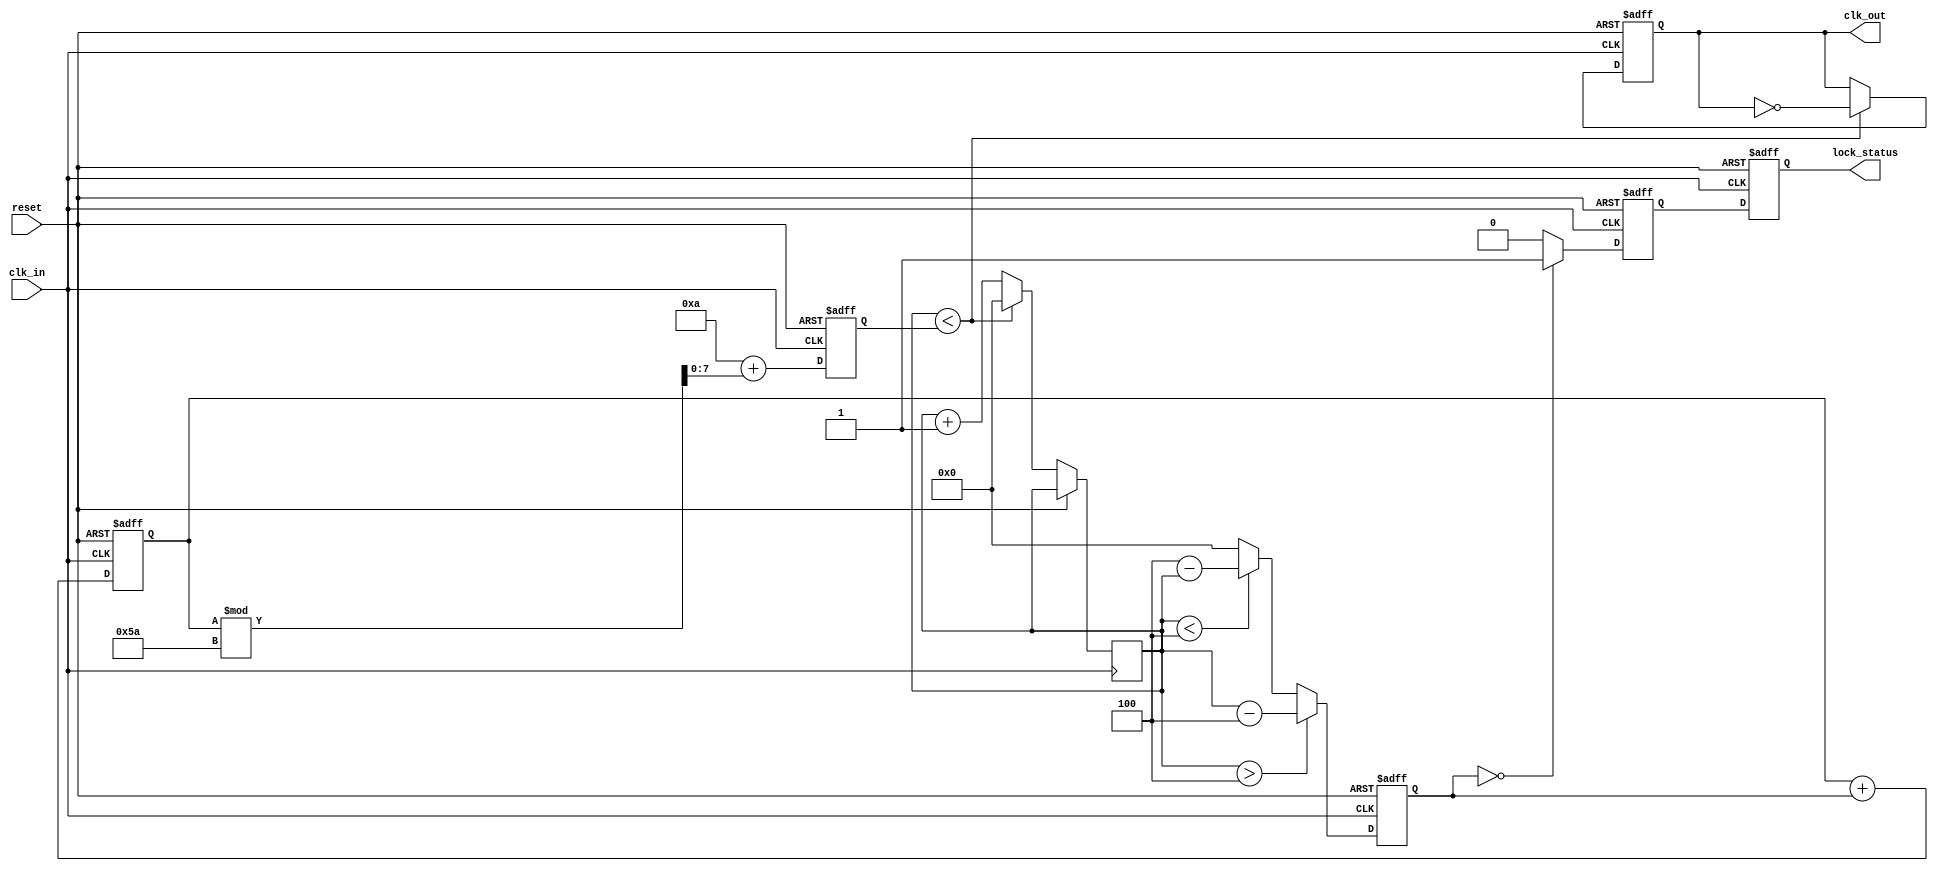
module clock_recovery_pll (
    input wire clk_in,          // Incoming data signal
    input wire reset,           // Reset signal
    output reg clk_out,         // Synchronized output clock
    output reg lock_status       // Lock status signal
);

// Parameters
parameter PHASE_ERROR_MAX = 4; // Max phase error for lock
parameter VCO_MAX_FREQ = 100;   // Max frequency of VCO
parameter VCO_MIN_FREQ = 10;    // Min frequency of VCO

// Internal signals
reg [3:0] phase_error;          // Phase error signal
reg [7:0] loop_filter_output;   // Output of loop filter
reg [7:0] vco_freq;             // VCO frequency control
reg [3:0] phase_count;          // Phase count for VCO
reg [7:0] memory_block;          // Memory block for phase info
reg phase_locked;                // Phase lock status

// Phase Detector
always @(posedge clk_in or posedge reset) begin
    if (reset) begin
        phase_error <= 0;
    end else begin
        // Simple phase detection logic (placeholder)
        if (phase_count > PHASE_ERROR_MAX) begin
            phase_error <= phase_count - PHASE_ERROR_MAX; // Leading
        end else if (phase_count < PHASE_ERROR_MAX) begin
            phase_error <= PHASE_ERROR_MAX - phase_count; // Lagging
        end else begin
            phase_error <= 0; // Locked
        end
    end
end

// Loop Filter (Simple integrator)
always @(posedge clk_in or posedge reset) begin
    if (reset) begin
        loop_filter_output <= 0;
    end else begin
        loop_filter_output <= loop_filter_output + phase_error; // Integrate error
    end
end

// Voltage-Controlled Oscillator (VCO)
always @(posedge clk_in or posedge reset) begin
    if (reset) begin
        vco_freq <= VCO_MIN_FREQ; // Start at minimum frequency
        clk_out <= 0;
    end else begin
        // Adjust VCO frequency based on loop filter output
        vco_freq <= VCO_MIN_FREQ + loop_filter_output[7:0] % (VCO_MAX_FREQ - VCO_MIN_FREQ);
        // Generate output clock based on VCO frequency
        if (phase_count < vco_freq) begin
            clk_out <= ~clk_out; // Toggle output clock
            phase_count <= 0; // Reset phase count
        end else begin
            phase_count <= phase_count + 1; // Increment phase count
        end
    end
end

// Memory Block (Store phase information)
always @(posedge clk_in or posedge reset) begin
    if (reset) begin
        memory_block <= 0;
    end else begin
        memory_block <= {memory_block[6:0], phase_error}; // Shift in phase error
    end
end

// Lock status logic
always @(posedge clk_in or posedge reset) begin
    if (reset) begin
        lock_status <= 0;
        phase_locked <= 0;
    end else begin
        if (phase_error == 0) begin
            phase_locked <= 1; // Locked
        end else begin
            phase_locked <= 0; // Not locked
        end
        lock_status <= phase_locked; // Update lock status
    end
end

endmodule